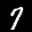
Label: 7